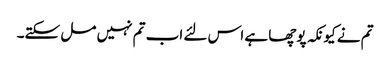
تم نے کیونکہ پوچھا ہے اس لئے اب تم نہیں مل سکتے۔